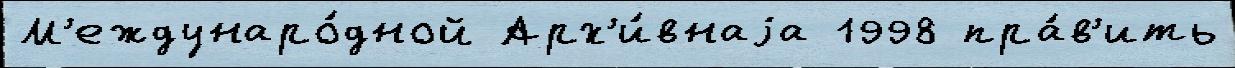
М'еждунаро́дной Арх'и́внаjа 1998 пра́в'ить